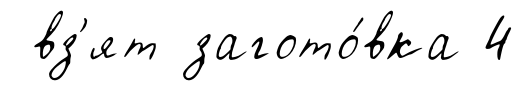
вз'ят загото́вка 4